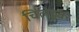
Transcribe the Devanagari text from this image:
चिलेडूवर